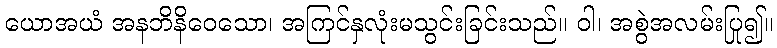
ယောအယံ အနဘိနိဝေသော၊ အကြင်နှလုံးမသွင်းခြင်းသည်။ ဝါ၊ အစွဲအလမ်းပြု၍။